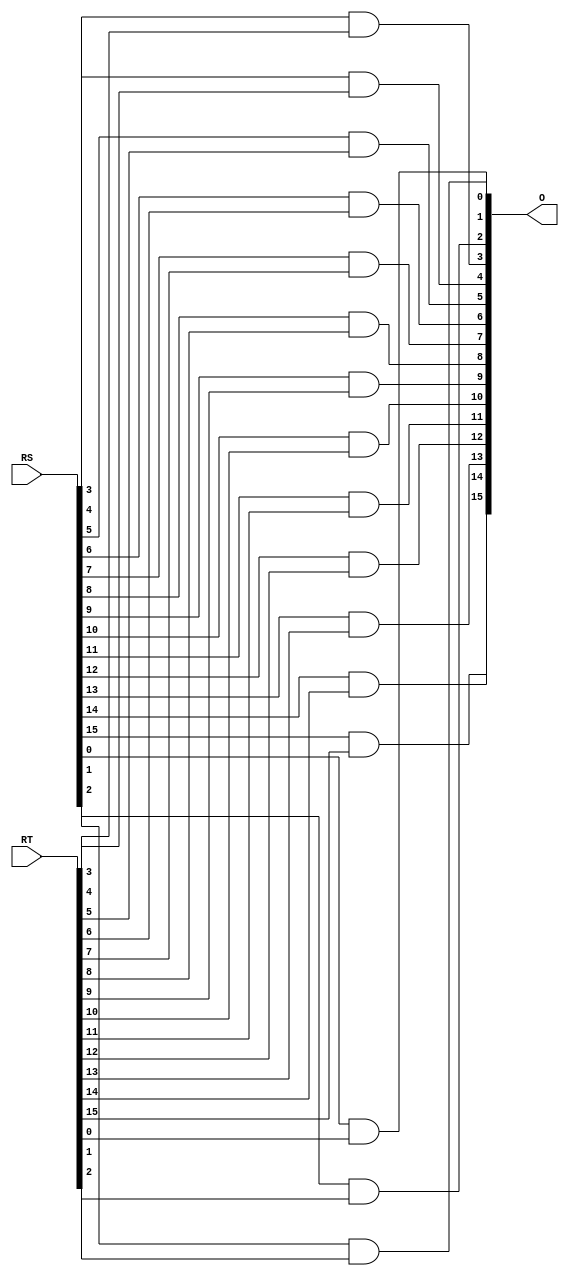
module AND_OP(
    output [15:0] O,
    input [15:0] RS,
    input [15:0] RT
    );
    
   and(O[0], RS[0], RT[0]);
   and(O[1], RS[1], RT[1]);
   and(O[2], RS[2], RT[2]);
   and(O[3], RS[3], RT[3]);
   and(O[4], RS[4], RT[4]);
   and(O[5], RS[5], RT[5]);
   and(O[6], RS[6], RT[6]);
   and(O[7], RS[7], RT[7]);
   and(O[8], RS[8], RT[8]);
   and(O[9], RS[9], RT[9]);
   and(O[10], RS[10], RT[10]);
   and(O[11], RS[11], RT[11]);
   and(O[12], RS[12], RT[12]);
   and(O[13], RS[13], RT[13]);
   and(O[14], RS[14], RT[14]);
   and(O[15], RS[15], RT[15]); 
   
endmodule